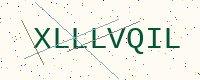
Text: XLLLVQIL